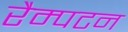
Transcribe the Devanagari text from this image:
रैम्पटन